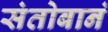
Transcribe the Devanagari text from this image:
संतोबानं